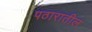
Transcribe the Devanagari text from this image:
पठारातील